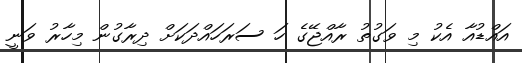
އައްޑުއާ އެކު މި ވަގުތު ރާއްޖޭގެ ހަ ސަރަހައްދަކަށް ދިރާގުން މިހާރު ވަނީ